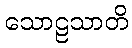
သောဠသာတိ